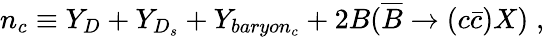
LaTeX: n_{c}\equiv Y_{D}+Y_{D_{s}}+Y_{baryon_{c}}+2B(\overline{{B}}\rightarrow(c\bar{c})X)\; ,